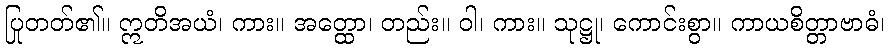
ပြုတတ်၏။ ဣတိအယံ၊ ကား။ အတ္ထော၊ တည်း။ ဝါ၊ ကား။ သုဋ္ဌု၊ ကောင်းစွာ။ ကာယစိတ္တာဗာဓံ၊